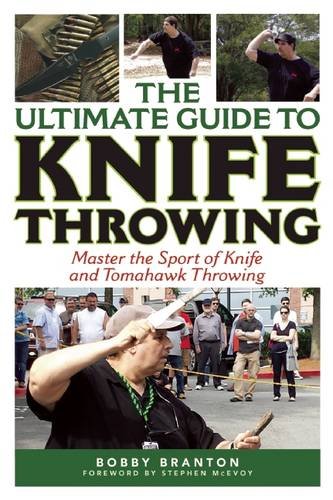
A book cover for The Ultimate Guide to Knife Throwing: Master the Sport of Knife and Tomahawk Throwing; Bobby Branton; Reference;